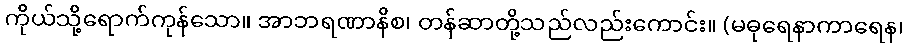
ကိုယ်သို့ရောက်ကုန်သော။ အာဘရဏာနိစ၊ တန်ဆာတို့သည်လည်းကောင်း။ (မဓုရေနာကာရေန၊